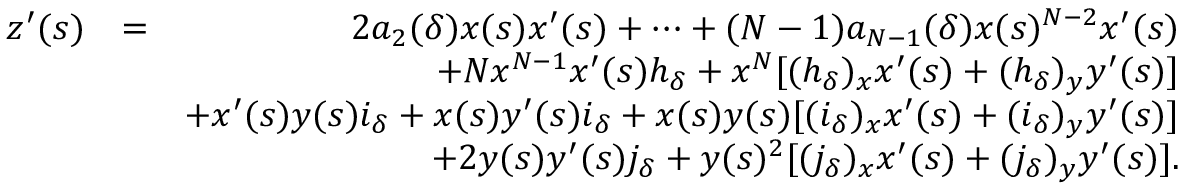
\begin{array} { r l r } { z ^ { \prime } ( s ) } & { = } & { 2 a _ { 2 } ( \delta ) x ( s ) x ^ { \prime } ( s ) + \cdots + ( N - 1 ) a _ { N - 1 } ( \delta ) x ( s ) ^ { N - 2 } x ^ { \prime } ( s ) } \\ & { } & { + N x ^ { N - 1 } x ^ { \prime } ( s ) h _ { \delta } + x ^ { N } [ ( h _ { \delta } ) _ { x } x ^ { \prime } ( s ) + ( h _ { \delta } ) _ { y } y ^ { \prime } ( s ) ] } \\ & { } & { + x ^ { \prime } ( s ) y ( s ) i _ { \delta } + x ( s ) y ^ { \prime } ( s ) i _ { \delta } + x ( s ) y ( s ) [ ( i _ { \delta } ) _ { x } x ^ { \prime } ( s ) + ( i _ { \delta } ) _ { y } y ^ { \prime } ( s ) ] } \\ & { } & { + 2 y ( s ) y ^ { \prime } ( s ) j _ { \delta } + y ( s ) ^ { 2 } [ ( j _ { \delta } ) _ { x } x ^ { \prime } ( s ) + ( j _ { \delta } ) _ { y } y ^ { \prime } ( s ) ] . } \end{array}